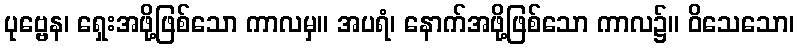
ပုဗ္ဗေန၊ ရှေးအဖို့ဖြစ်သော ကာလမှ။ အပရံ၊ နောက်အဖို့ဖြစ်သော ကာလ၌။ ဝိသေသော၊